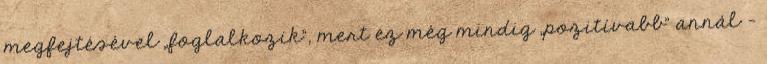
megfejtésével „foglalkozik”, mert ez még mindig „pozitívabb” annál –